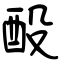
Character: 酘